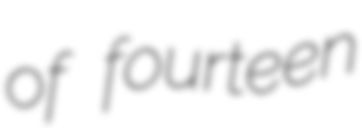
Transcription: of fourteen